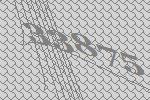
33875